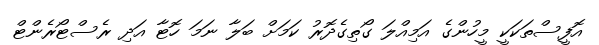
އޮފީސްތަކަކީ މީހުންގެ އަމިއްލަ ގޯތިގެދޮރު ކަމަށް ބަލާ ނަމަ ހޮޓާ އަދި ރެސްޓޯރެންޓް